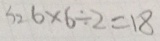
S _ { 2 } 6 \times 6 \div 2 = 1 8